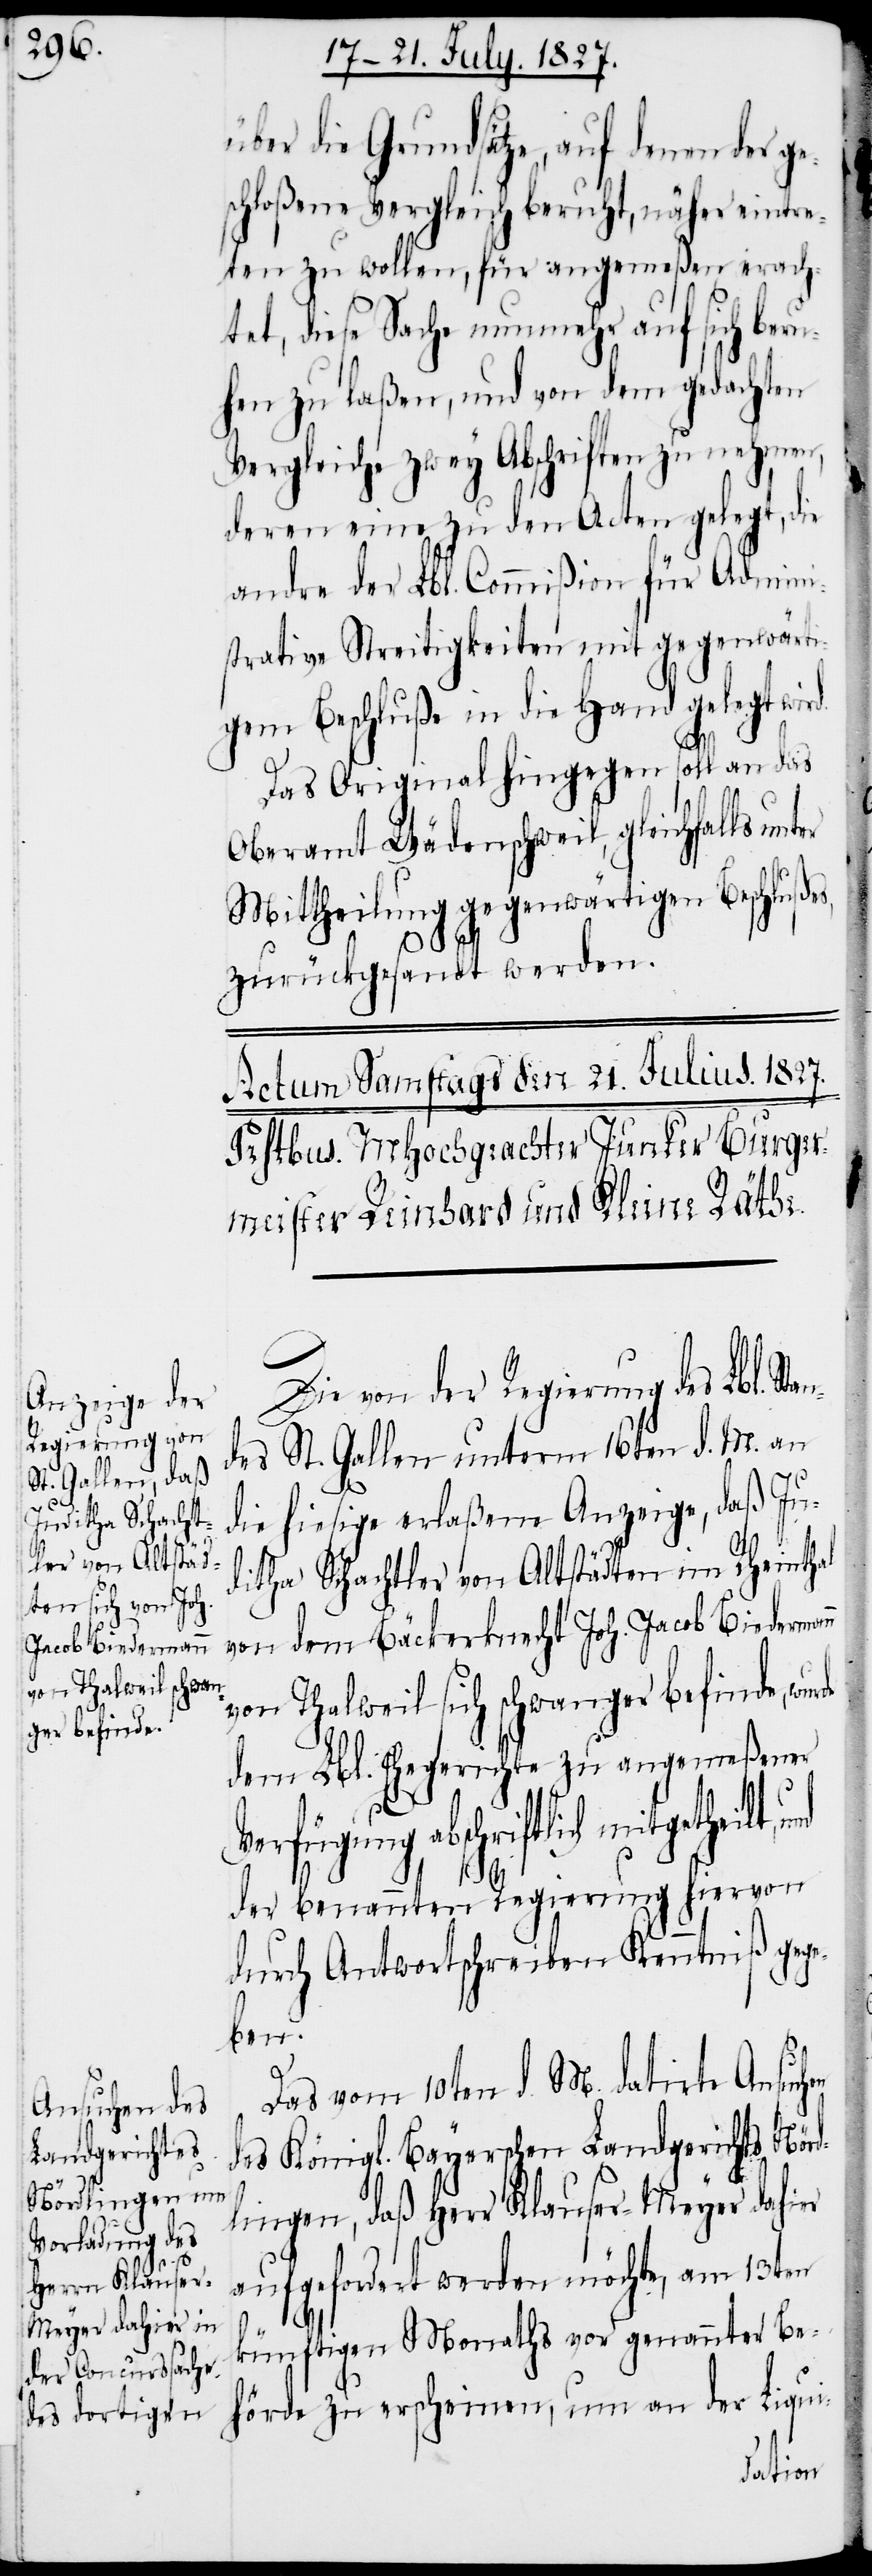
über die Grundsätze, auf denen der ge¬
schloßene Vergleich beruht, näher eintre¬
ten zu wollen, für angemeßen erach¬
tet, diese Sache nunmehr auf sich beru¬
hen zu laßen, und von dem gedachten
Vergleiche zwey Abschriften zu nehmen,
deren eine zu den Acten gelegt, die
andre der Lbl. Commißion für Admini¬
strative Streitigkeiten mit gegenwärti¬
gem Beschluße in die Hand gelegt wir¬
d.
Das Original hingegen soll an das
Oberamt Wädenschweil, gleichfalls unter
Mittheilung gegenwärtigen Beschlußes,
zurückgesandt werden.
Die von der Regierung des Lbl. St¬
des St. Gallen unterm 16ten d. M. an
die hiesige erlaßene Anzeige, daß Ju¬
ditha Schachtler von Altstädten im Rheinthal
von dem Bäckerknecht Joh. Jacob Biederman¬
von Thalweil sich schwanger befinde, wurde
dem Lbl. Ehegerichte zu angemeßener
Verfügung abschriftlich mitgetheilt,
der benannten Regierung hiervon
durch Antwortschreiben Kenntniß gege¬
der
Das vom 10ten d. M. datirte Ansuch¬
des Königl. Bayerschen Landgerichtes Nör¬
dlingen, daß Herr Klauser-Meyer dahier
aufgefordert werden möchte, am 13ten
n
künftigen Monaths vor genannter Be¬